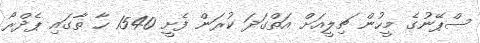
ސްޕޭނުގެ މީހުން ޗިލީއަށް އަތްގަދަ ކުރަން ފެށީ 1540 ހާ ތާގައި ޕެދްރޯ